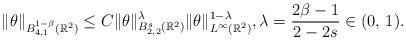
LaTeX: \begin{align*}\|\theta\|_{{B}_{4,1}^{1-\beta}(\mathbb{R}^{2})}\leq C\|\theta\|_{{B}_{2,2}^{s}(\mathbb{R}^{2})}^{\lambda}\|\theta\|_{L^{\infty}(\mathbb{R}^{2})}^{1-\lambda},\lambda=\frac{2\beta-1}{2-2s}\in (0,\,1).\end{align*}